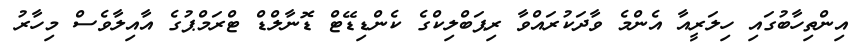
އިންތިހާބުގައި ހިލަރީއާ އެންމެ ވާދަކުރައްވާ ރިޕަބްލިކްގެ ކެންޑިޑޭޓް ޑޮނާލްޑް ޓްރަމްޕުގެ އާއިލާވެސް މިހާރު